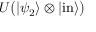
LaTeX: U { \big ( } | \psi _ { 2 } \rangle \otimes | { \mathrm { i n } } \rangle { \big ) }